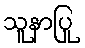
သူနာပြု